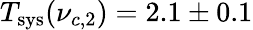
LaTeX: T_{\mathrm{sys}}(\nu_{c,2})=2.1\pm 0.1